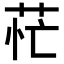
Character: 𦮝